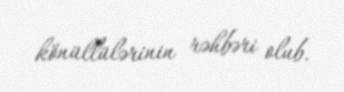
könüllülərinin rəhbəri olub.